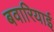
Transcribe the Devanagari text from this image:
बवारियाई